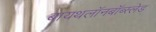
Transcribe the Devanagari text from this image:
बायथलॉनबॉब्स्लेड